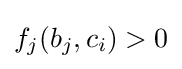
f_{j}(b_{j},c_{i})>0